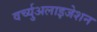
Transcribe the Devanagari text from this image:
वर्च्युअलाइजेशन